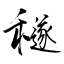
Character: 穟